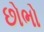
છોભો